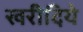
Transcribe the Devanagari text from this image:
खरीदिये